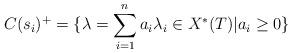
LaTeX: \begin{align*}C(s_i)^{+}=\{\lambda=\sum_{i=1}^n a_i \lambda_i \in X^*(T) | a_i \geq 0\}\end{align*}